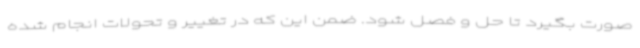
صورت بگیرد تا حل و فصل شود. ضمن این که در تغییر و تحولات انجام شده